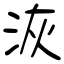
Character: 洃